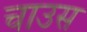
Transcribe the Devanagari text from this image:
चाउस